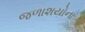
જળાશયોના